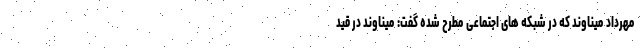
مهرداد میناوند که در شبکه های اجتماعی مطرح شده گفت: میناوند در قید